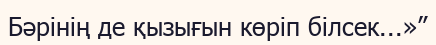
Бәрінің де қызығын көріп білсек...»”